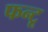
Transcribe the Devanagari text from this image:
फन्टू